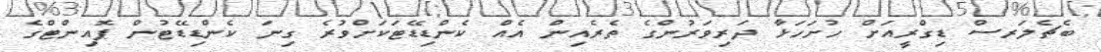
ބެޗެލަރސް ޑިގްރީއަށް ހުށަހަޅާ ދަރިވަރުންގެ ތެރެއިން އެއް ކެންޑިޑޭޓަކަށްވުރެ ގިނަ ކެންޑިޑޭޓުން ޕޮއިންޓްގެ